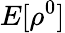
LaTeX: E[\rho^{0}]